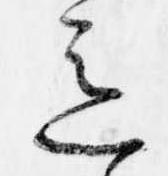
意